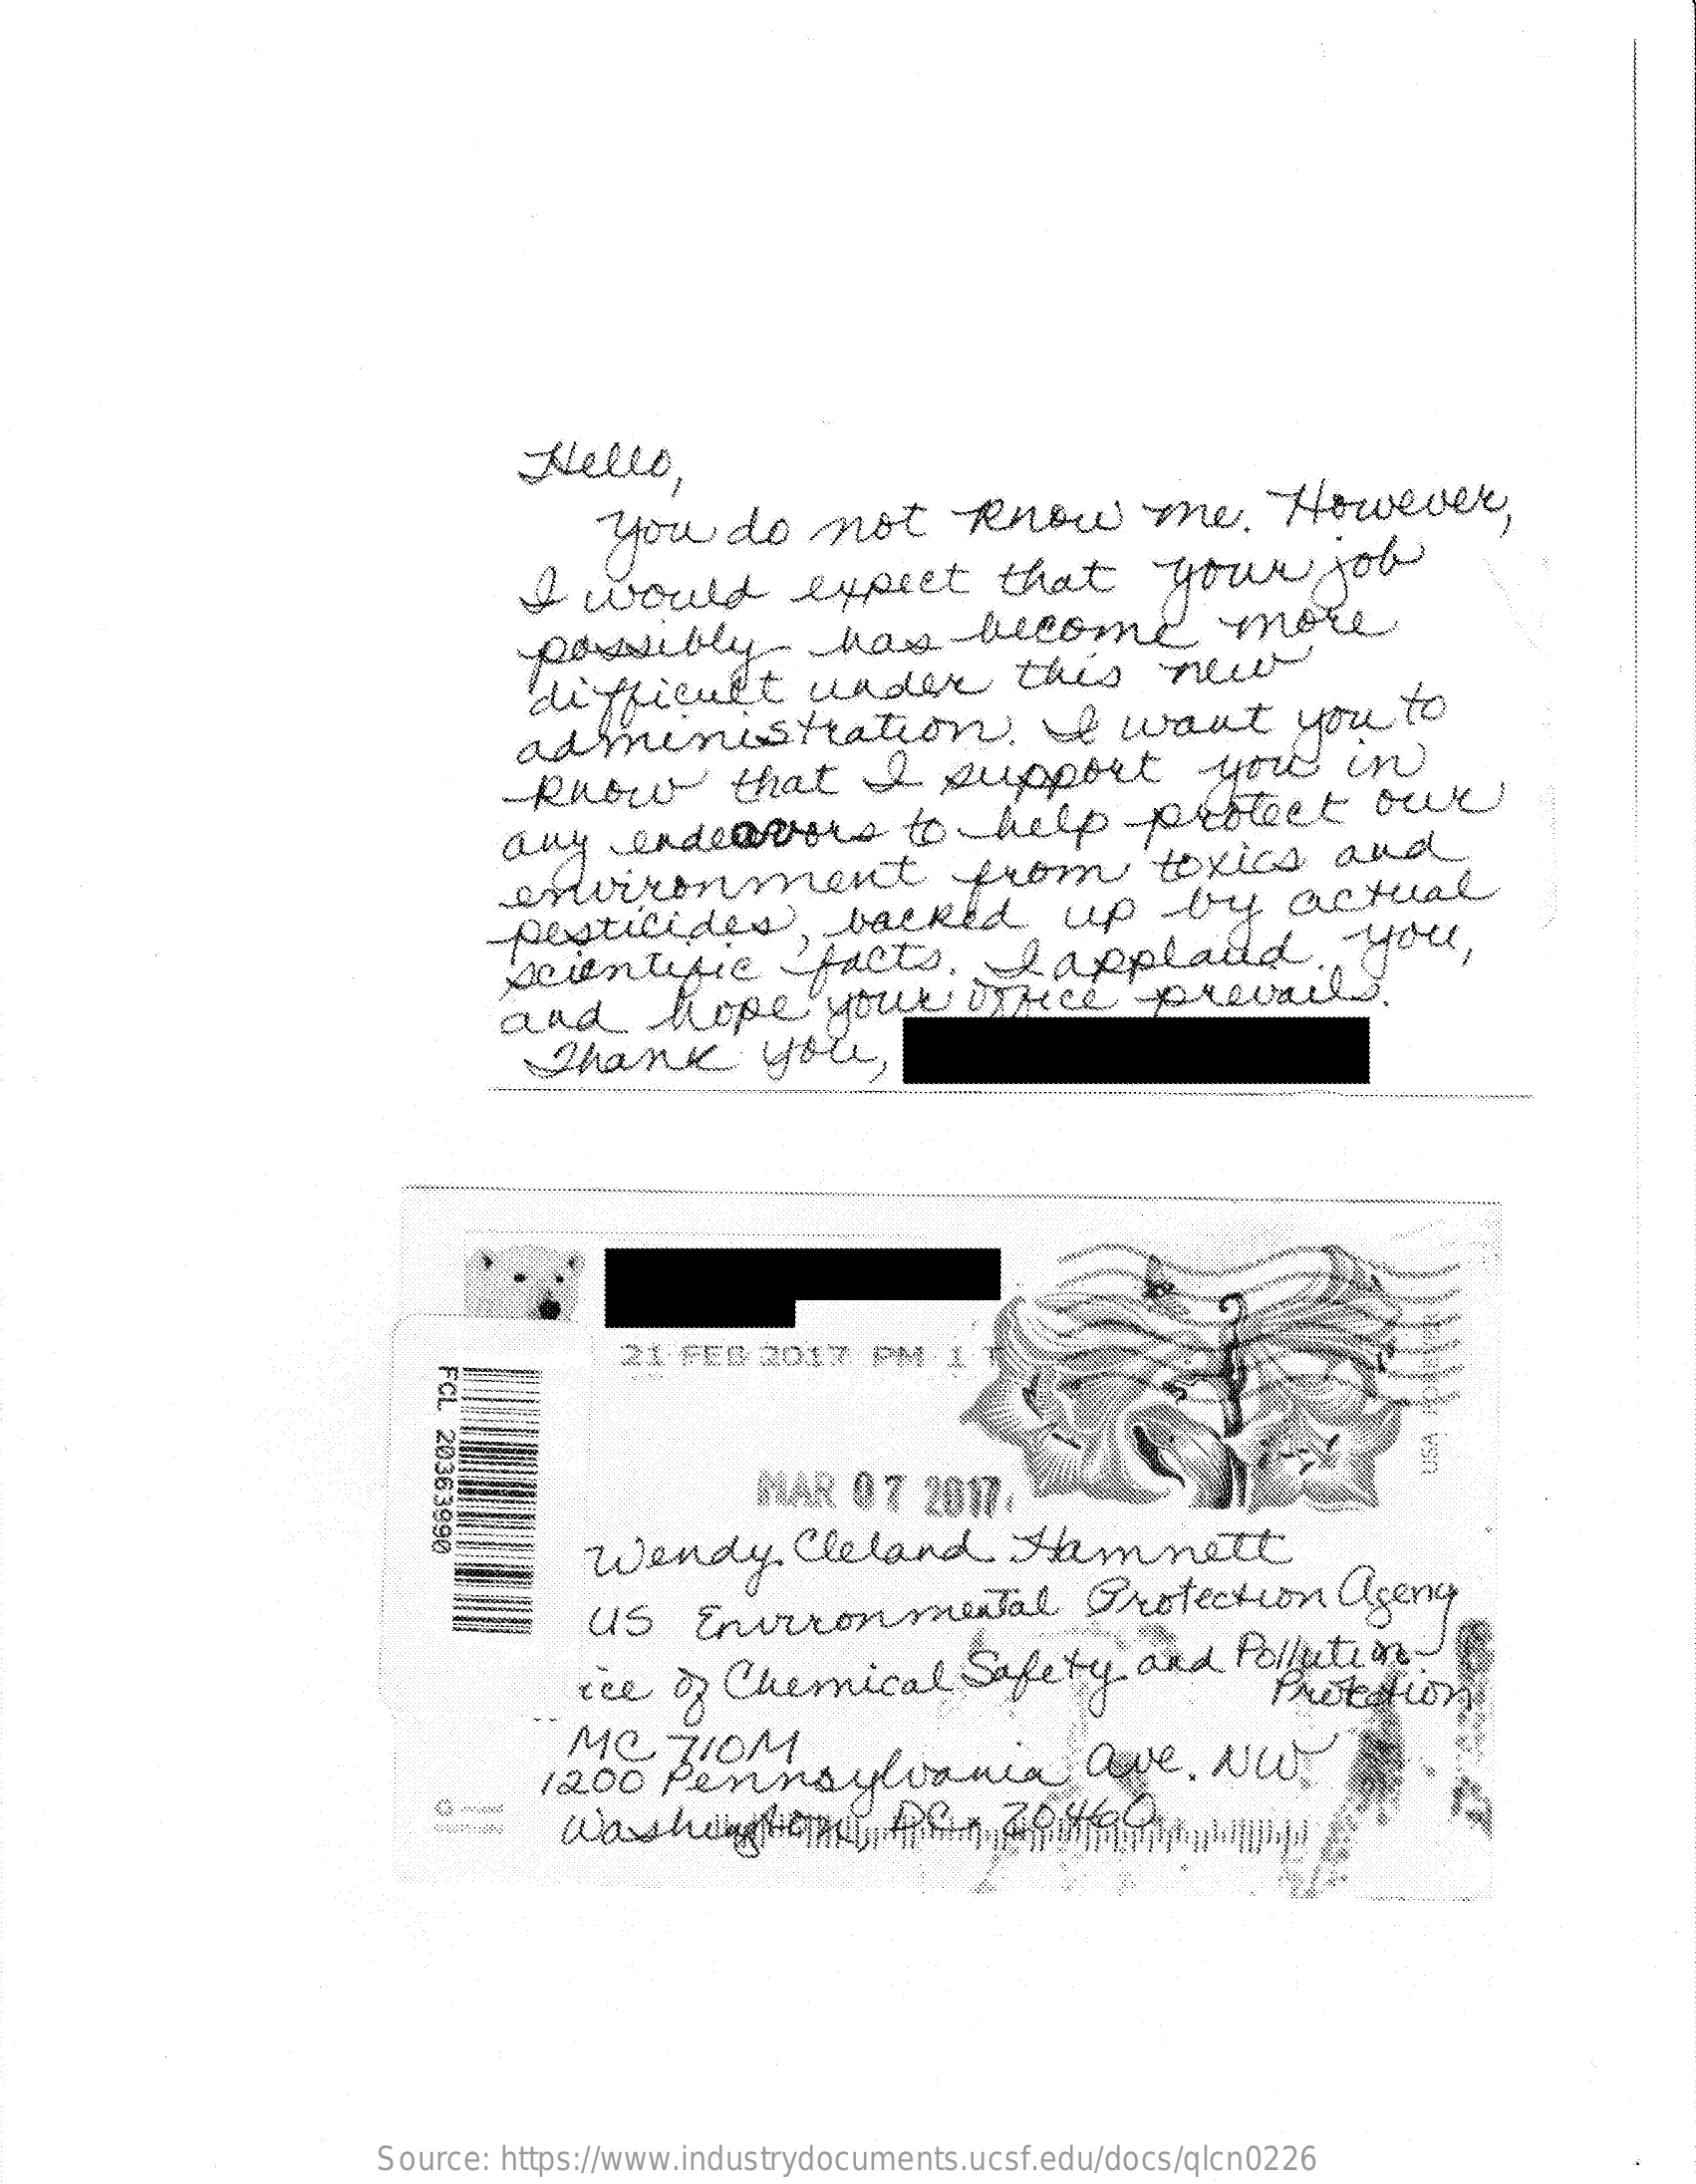
Nello,
     you    do    not    know    me.    However,
     I  would    expect    that    your    job
     possibly-    has    become    more
     difficult    under    this    new
     administration.    I want    you    to
     flower    that    I  support    you    in
     any    endeavors    to    help    protect    owe
     environment    from    toxics    and
     -pesticides,    backed    up    by    actual
     scientific    -f facts.    lapplaild    you,
     and    hope    your    unice    prevails.
     thank    you
     21  FEB  2017   PM   I
     FCL
     20363990    MAR   07   2017
     USA
     Wendy    Cleland    Hemnett
     US    Environmental    Protection    agency
     ice  of Chemical    Safety    and   Pollution
     MC    710M
     Protation
     1200   Pennsylvania    Dove.   NU
     --
     -
     Source: https://www.industrydocuments.ucsf.edu/docs/qlcn0226